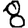
Digit: 8